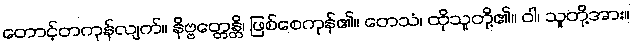
တောင့်တကုန်လျက်။ နိဗ္ဗတ္တေန္တိ၊ ဖြစ်စေကုန်၏။ တေသံ၊ ထိုသူတို့၏။ ဝါ၊ သူတို့အား။